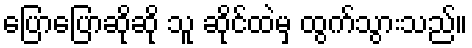
ပြောပြောဆိုဆို သူ ဆိုင်ထဲမှ ထွက်သွားသည်။